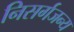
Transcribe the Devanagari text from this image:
निसर्गजन्य